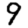
Digit: 9